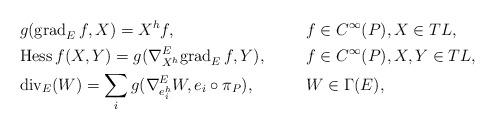
LaTeX: \begin{align*}& g({\rm grad}_E\,f,X)=X^hf, &&f\in C^{\infty}(P),X\in TL,\\& {\rm Hess}\,f(X,Y)=g(\nabla^E_{X^h}{\rm grad}_E\,f,Y), && f\in C^{\infty}(P),X,Y\in TL,\\& {\rm div}_E(W)=\sum_i g(\nabla^E_{e_i^h}W,e_i\circ\pi_P), &&W\in \Gamma(E),\end{align*}